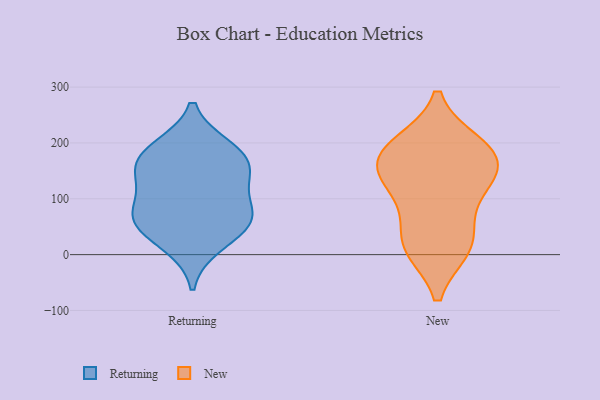
{"axis": {"x": "Headcount", "y": "Value"}, "legend": ["New", "Returning"], "data": [{"x": "", "y": 183, "type": "Returning"}, {"x": "", "y": 18, "type": "Returning"}, {"x": "", "y": 164, "type": "Returning"}, {"x": "", "y": 83, "type": "Returning"}, {"x": "", "y": 59, "type": "Returning"}, {"x": "", "y": 59, "type": "Returning"}, {"x": "", "y": 66, "type": "Returning"}, {"x": "", "y": 144, "type": "Returning"}, {"x": "", "y": 133, "type": "Returning"}, {"x": "", "y": 191, "type": "Returning"}, {"x": "", "y": 13, "type": "New"}, {"x": "", "y": 20, "type": "New"}, {"x": "", "y": 197, "type": "New"}, {"x": "", "y": 15, "type": "New"}, {"x": "", "y": 129, "type": "New"}, {"x": "", "y": 175, "type": "New"}, {"x": "", "y": 192, "type": "New"}, {"x": "", "y": 145, "type": "New"}, {"x": "", "y": 79, "type": "New"}, {"x": "", "y": 133, "type": "New"}, {"x": "", "y": 179, "type": "New"}]}